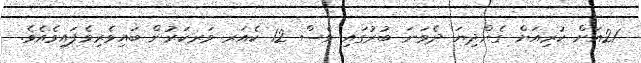
21އަށް ކުރިއަށް ގެންދިޔަ ދެވަނަ ބުރުގައި ވެސް 12 ކެއަރ ވަރކަރުން ބައިވެރިވެފައިވެއެވެ.